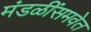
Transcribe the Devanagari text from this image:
मंडळींसमवेत